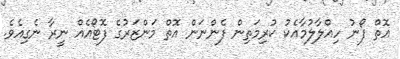
އޮތް ފޯނު ހިއްލާލުމާއެކު ކުރިމަތިން ފެންނަން އޮތް މަންޒަރުގެ ފޮޓޯއެއް ނީރާ ނެގިއެވެ.